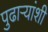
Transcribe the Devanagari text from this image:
पुढाऱ्यांशी